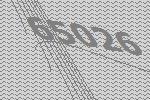
65026